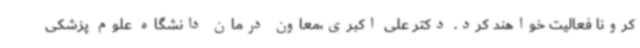
کرونا فعالیت خواهند کرد. دکتر علی اکبری،معاون درمان دانشگاه علوم پزشکی